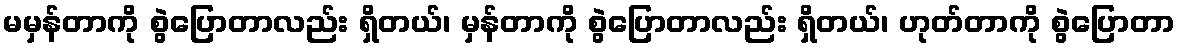
မမှန်တာကို စွဲပြောတာလည်း ရှိတယ်၊ မှန်တာကို စွဲပြောတာလည်း ရှိတယ်၊ ဟုတ်တာကို စွဲပြောတာ